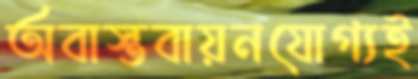
অবাস্তবায়নযোগ্যই